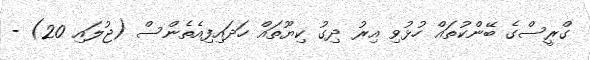
ގްރީސްގެ ބޭންކުތައް ހުޅުވި އިރު ދިގު ކިޔޫތައް ހަދައިފިއެތެންސް (ޖުލައި 20) -